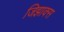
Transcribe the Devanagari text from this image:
जिझाक्स